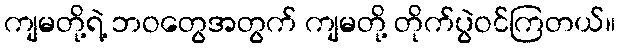
ကျမတို့ရဲ့ ဘဝတွေအတွက် ကျမတို့ တိုက်ပွဲဝင်ကြတယ်။